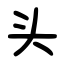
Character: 头